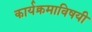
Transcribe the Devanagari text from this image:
कार्यक्रमाविषयी